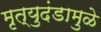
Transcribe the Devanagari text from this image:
मृत्युदंडामुळे